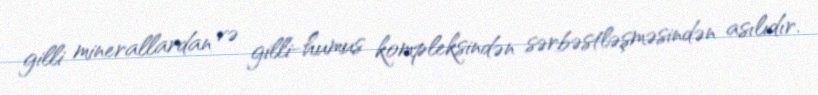
gilli minerallardan və gilli-humus kompleksindən sərbəstləşməsindən asılıdır.